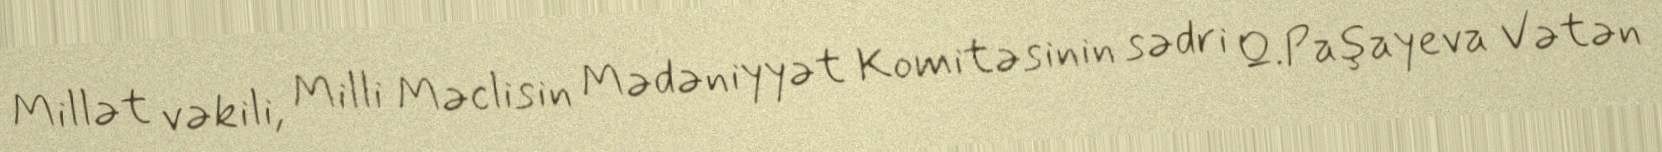
Millət vəkili, Milli Məclisin Mədəniyyət Komitəsinin sədri Q.Paşayeva Vətən